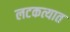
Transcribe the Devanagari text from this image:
लटकत्यात